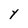
Character: Y